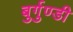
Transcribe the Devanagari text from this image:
बुर्गुण्डी